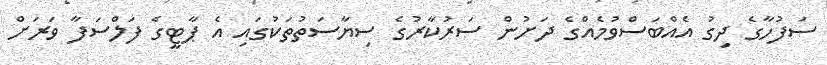
ސަފުހާގެ ދިގު އެއްބަސްވުމެއްގެ ދަށުން ސަރުކާރުގެ ސިޔާސަތުތަކުގައި އެ ޕާޓީގެ ފަލްސަފާ ވަރަށް